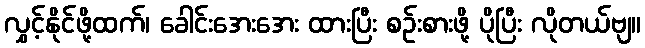
လွှင့်နိုင်ဖို့ထက်၊ ခေါင်းအေးအေး ထားပြီး စဉ်းစားဖို့ ပိုပြီး လိုတယ်ဗျ။